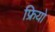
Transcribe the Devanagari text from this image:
फ्रियो